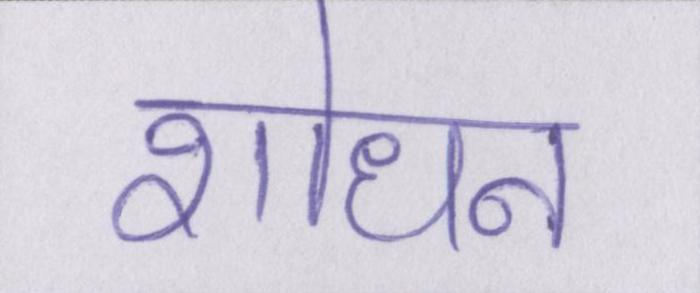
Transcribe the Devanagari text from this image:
शोधन